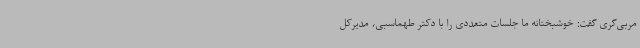
مربی‌گری گفت: خوشبختانه ما جلسات متعددی را با دکتر طهماسبی، مدیرکل